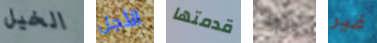
الخيل الأجل قدمتها حزامك غير